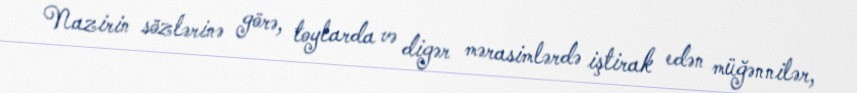
Nazirin sözlərinə görə, toylarda və digər mərasimlərdə iştirak edən müğənnilər,